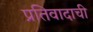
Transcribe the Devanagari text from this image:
प्रतिवादाची